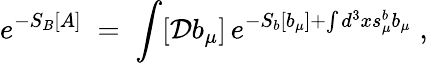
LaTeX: e^{-S_{B}[A]}\; =\; \int[{\mathcal D}b_{\mu}]\, e^{-S_{b}[b_{\mu}]+\int d^{3}xs_{\mu}^{b}b_{\mu}}\; ,